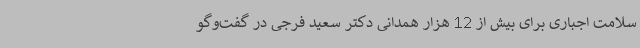
سلامت اجباری برای بیش از 12 هزار همدانی دکتر سعید فرجی در گفت‌وگو